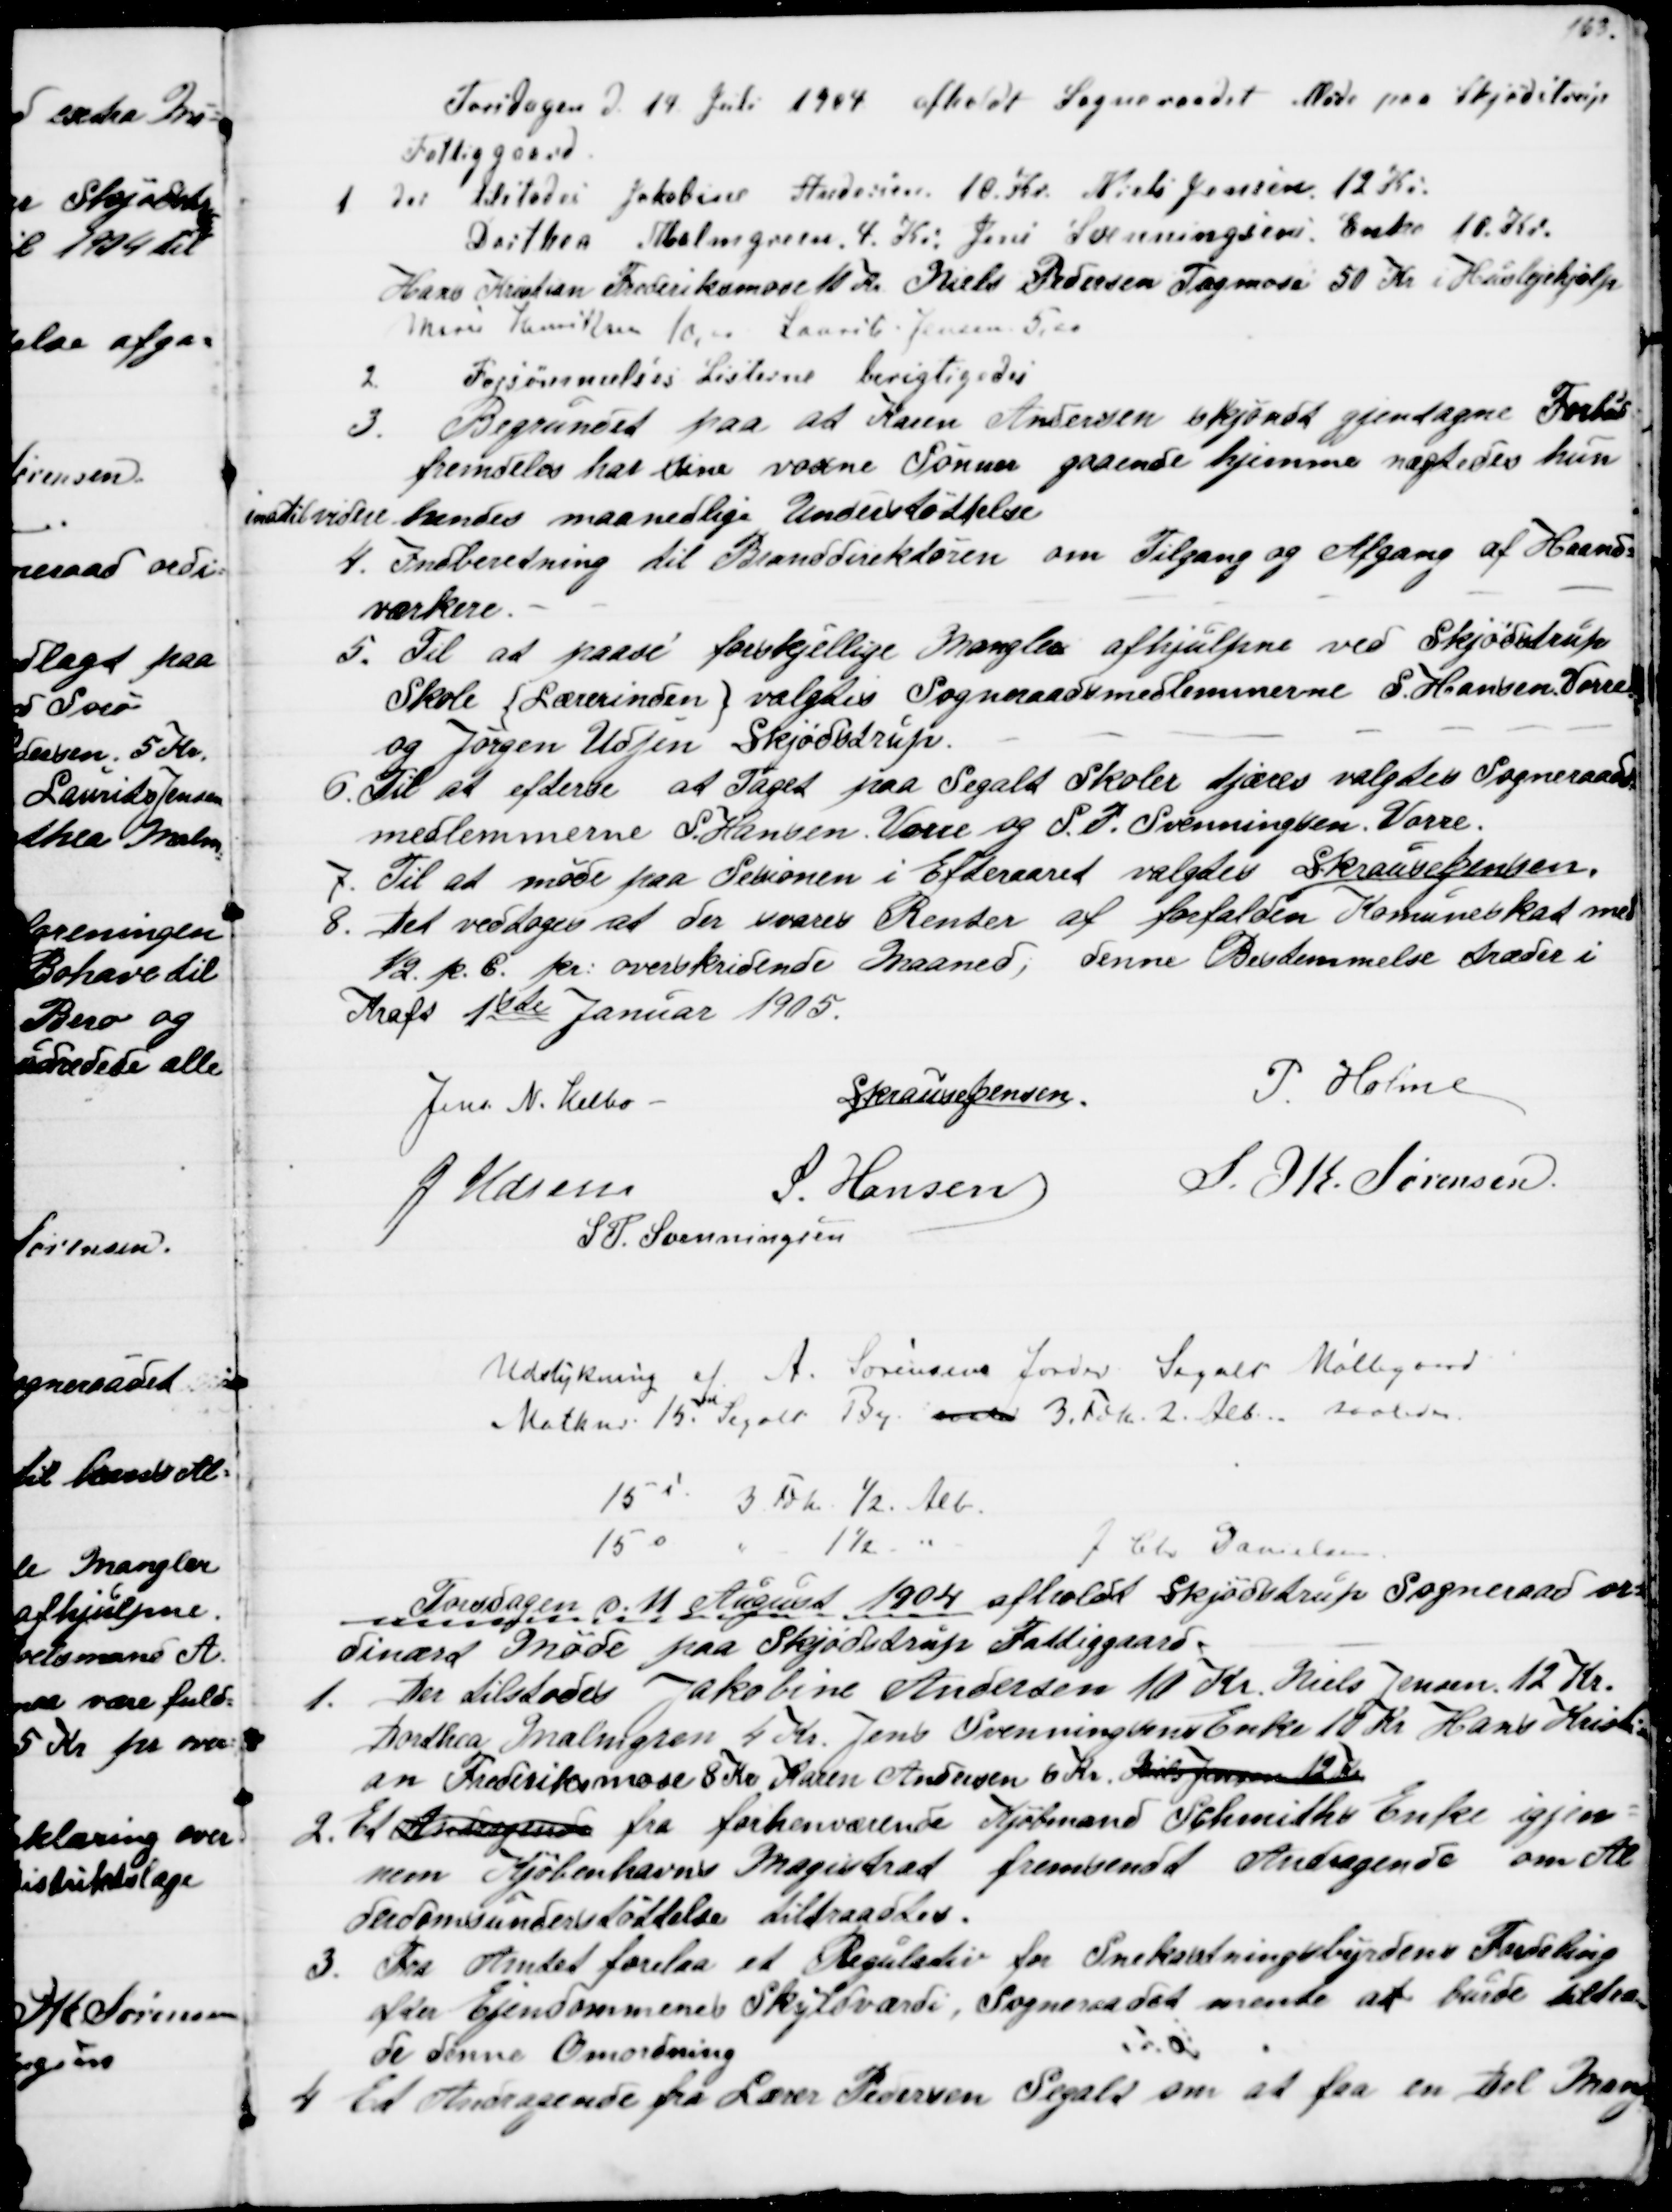
Transskription:
Torsdagen d. 14 Juli 1904 afholdt Sogneraadet Møde paa Skjødstrup
Fattiggaard
1 Der tilstodes Jakobine Andersen 10 Kr. Niels Jensen 12 Kr.
Dorthea Malmgreen, 4 Kr. Jens Svenningsens Enke 10 Kr.
Hans Kristian Frederiksmose 10 Kr. Niels Pedersen Tagmose 50 Kr i Huslejehjælp
Marie Henriksen 10,00 Laurits. Jensen 5,00
2.
Forsømmelses Listerne berigtigedes
3. Begrundet paa at Karen Andersen skjøndt gjentagne Forbud
fremdeles har sine voxne Sønner gaaende hjemme nægtedes hun
indtil videre hendes maanedlige Understøttelse
4. Indberetning til Branddirektøren om Tilgang og Afgang af Haand=
værkere.
5. Til at paase forskjellige Mangler afhjulpne ved Skjødstrup
Skole {Lærerinden} valgtes Sogneraadsmedlemmerne S. Hansen, Vorre
og Jørgen Udsen Skjødstrup.
6. Til at efterse at Taget paa Segalt Skoler tjæres valgtes Sogneraads
medlemmerne S. Hansen, Vorre og S. P. Svenningsen, Vorre.
7. Til at møde paa Sesionen i Efteraaret valgtes S Krause Jensen.
8.
Det vedtoges at der svares Renter af forfalden Komuneskat med
½. p. C. pr: overskrivende Maaned, denne Bestemmelse træder i
Kraft 1ste Januar 1905.
Jens N. Helbo
S Krause Jensen.
P. Holme
J. Udsen
S. Hansen
S. M. Sørensen
S P. Svenningsen
Udstykning af A. Sørensens Jorder. Segalt Møllegaard
Matknr. 15i Segalt By over 3. Fdk. 2. Alb. saaledes
15 i 3 Fdk ½ Alb.
15 o
1½
J. Chr. Danielsen
Torsdagen d. 11 August 1904 afholdt Skjødstrup Sogneraad or=
dinært Møde paa Skjødstrup Fattiggaard.
1. Der tilstodes Jakobine Andersen 10 Kr. Niels Jensen 12 Kr.
Dorthea Malmgren 4 Kr. Jens Svenningsens Enke 10 Kr. Hans Kristi=
an Frederiksmose 8 Kr Karen Andersen 6 Kr. Niels Jensen 12 Kr
2. Et Andragende fra forhenværende Kjøbmand Schmiths Enke igjen=
nem Kjøbenhavns Magistrat fremsendt Andragende om Al
derdomsunderstøttelse tiltraadtes.
3. Fra Amtet forelaa et Regulativ for Snekastningsbyrdens Fordeling
efter Ejendommenes Skyldværdi, Sogneraadet mente at burde tiltræ
=
de denne Omordning
4. Et Andragende fra Lærer Pedersen Segalt om at faa en Del Mang